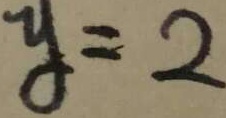
y = 2